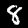
Label: 8